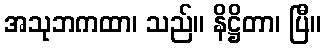
အသုဘကထာ၊ သည်။ နိဋ္ဌိတာ၊ ပြီ။